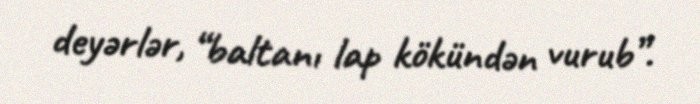
deyərlər, “baltanı lap kökündən vurub”.